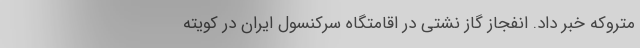
متروکه خبر داد. انفجاز گاز نشتی در اقامتگاه سرکنسول ایران در کویته